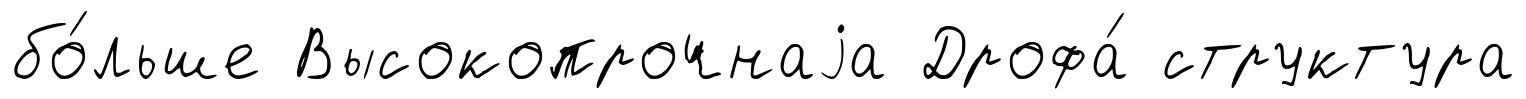
бо́льше Высокопрочнаjа Дрофа́ структура